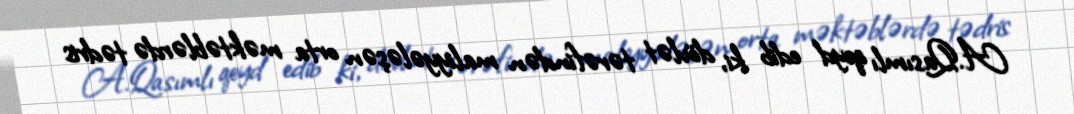
A.Qasımlı qeyd edib ki, dövlət tərəfindən maliyyələşən orta məktəblərdə tədris